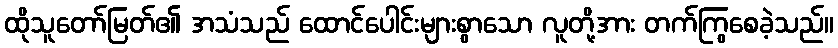
ထိုသူတော်မြတ်၏ အသံသည် ထောင်ပေါင်းများစွာသော လူတို့အား တက်ကြွစေခဲ့သည်။